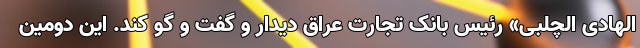
الهادی الچلبی» رئیس بانک تجارت عراق دیدار و گفت و گو کند. این دومین